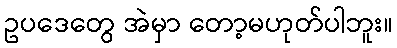
ဥပဒေတွေ အဲမှာ တော့မဟုတ်ပါဘူး။